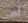
أمي